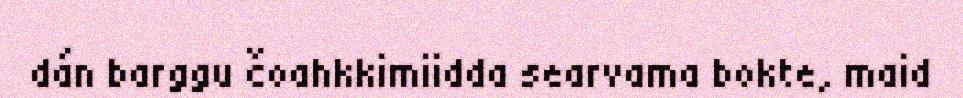
dán barggu čoahkkimiidda searvama bokte, maid